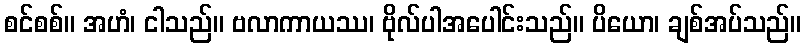
စင်စစ်။ အဟံ၊ ငါသည်။ ဗလာကာယဿ၊ ဗိုလ်ပါအပေါင်းသည်။ ပိယော၊ ချစ်အပ်သည်။